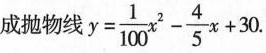
成抛物线 $$y= \frac{1}{100}x^{2}- \frac{4}{5}x+30$$.